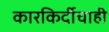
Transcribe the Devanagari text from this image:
कारकिर्दीचाही